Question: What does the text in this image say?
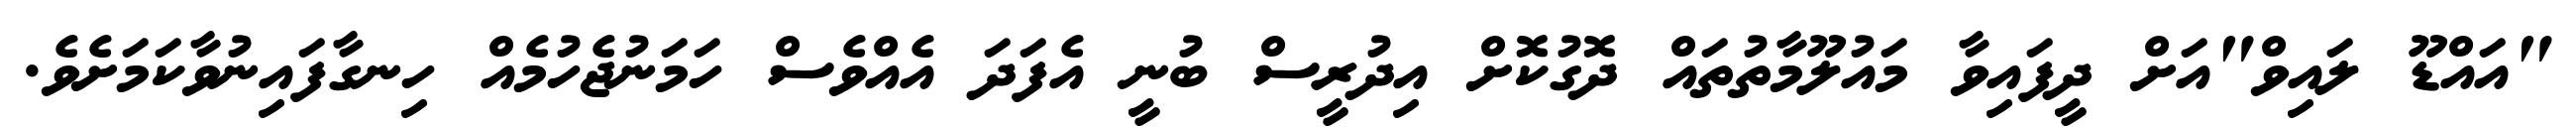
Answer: "އައްޑޫ ލައިވް"އަށް ދީފައިވާ މައުލޫމާތުތައް ދޮގުކޮށް އިދުރީސް ބުނީ އެފަދަ އެއްވެސް ހަމަނުޖެހުމެއް ހިނގާފައިނުވާކަމަށެވެ.